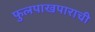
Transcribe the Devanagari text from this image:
फुलपाखपाराची